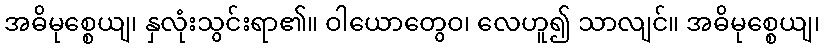
အဓိမုစ္စေယျ၊ နှလုံးသွင်းရာ၏။ ဝါယောတွေဝ၊ လေဟူ၍ သာလျင်။ အဓိမုစ္စေယျ၊